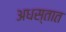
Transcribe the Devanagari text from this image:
अधस्तात